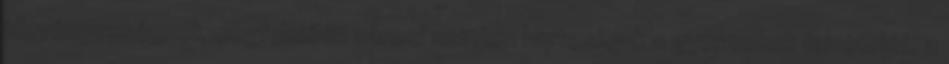
törvényességnek megfelelően városi szinten biztosítjuk a gyermekek felvételét, a